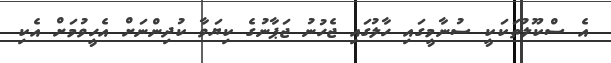
އެ ސްކޫލުތަކަކީ ސުނާމީގައި ހާލުގައި ޖެހުނު ޖަޕާނުގެ ކިޔަވާ ކުދިންނަށް އެހީވުމަށް އެކި